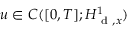
u \in C ( [ 0 , T ] ; H _ { \mathrm { ~ d ~ } , x } ^ { 1 } )